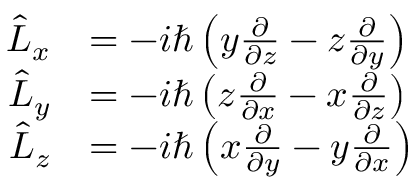
{ \begin{array} { r l } { { \hat { L } } _ { x } } & { = - i \hbar \left( y { \frac { \partial } { \partial z } } - z { \frac { \partial } { \partial y } } \right) } \\ { { \hat { L } } _ { y } } & { = - i \hbar \left( z { \frac { \partial } { \partial x } } - x { \frac { \partial } { \partial z } } \right) } \\ { { \hat { L } } _ { z } } & { = - i \hbar \left( x { \frac { \partial } { \partial y } } - y { \frac { \partial } { \partial x } } \right) } \end{array} }